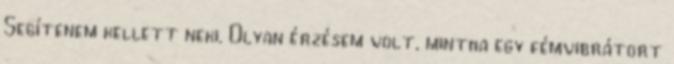
Segítenem kellett neki. Olyan érzésem volt, mintha egy fémvibrátort